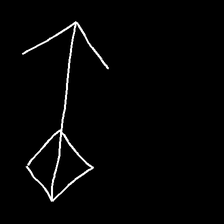
Glyph: focus